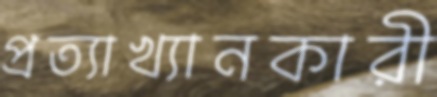
প্রত্যাখ্যানকারী